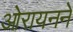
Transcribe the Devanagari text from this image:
ओरायनने